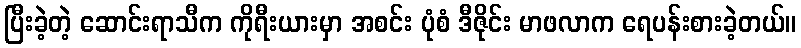
ပြီးခဲ့တဲ့ ဆောင်းရာသီက ကိုရီးယားမှာ အစင်း ပုံစံ ဒီဇိုင်း မာဖလာက ရေပန်းစားခဲ့တယ်။